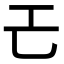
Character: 𢀒